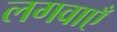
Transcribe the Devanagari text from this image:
लगवाएँ